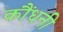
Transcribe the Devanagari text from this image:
कौंधनी